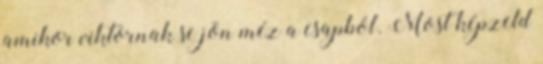
amikor viktornak se jön méz a csapból. Most képzeld